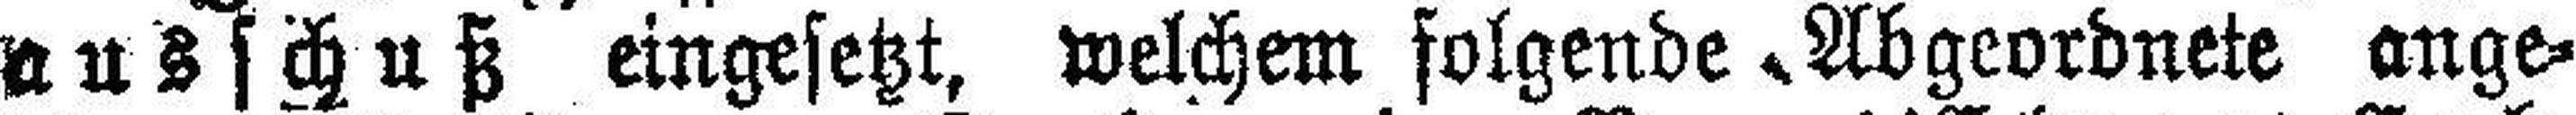
ausschuß eingesetzt, welchem folgende Abgeordnete ange¬